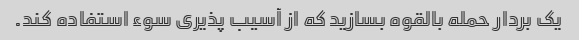
یک بردار حمله بالقوه بسازید که از آسیب پذیری سوء استفاده کند.